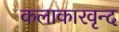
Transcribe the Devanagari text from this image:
कलाकारवृन्द